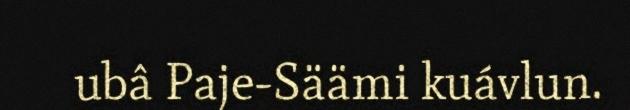
ubâ Paje-Säämi kuávlun.